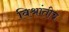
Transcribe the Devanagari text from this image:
विश्रांतीच